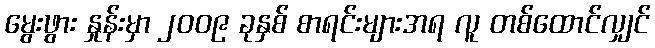
မွေးဖွား နှုန်းမှာ ၂၀၀၉ ခုနှစ် စာရင်းများအရ လူ တစ်ထောင်လျှင်